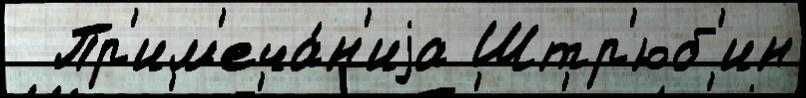
  Пр'им'еча́н'иjа Штр'юб'ин